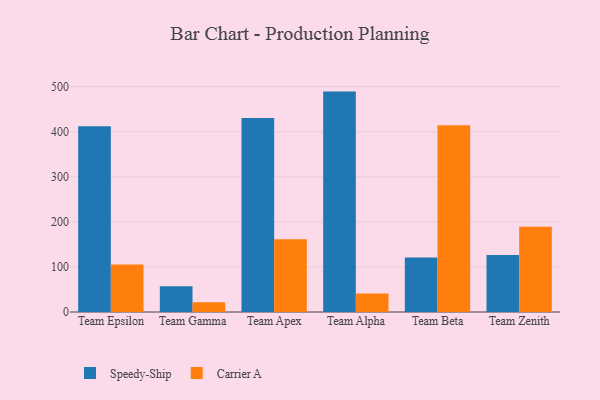
{"axis": {"x": "Team", "y": "Page Views"}, "legend": ["Carrier A", "Speedy-Ship"], "data": [{"x": "Team Epsilon", "y": 412.1, "type": "Speedy-Ship"}, {"x": "Team Epsilon", "y": 105.2, "type": "Carrier A"}, {"x": "Team Gamma", "y": 57.3, "type": "Speedy-Ship"}, {"x": "Team Gamma", "y": 21.5, "type": "Carrier A"}, {"x": "Team Apex", "y": 430.4, "type": "Speedy-Ship"}, {"x": "Team Apex", "y": 161.4, "type": "Carrier A"}, {"x": "Team Alpha", "y": 488.9, "type": "Speedy-Ship"}, {"x": "Team Alpha", "y": 41.3, "type": "Carrier A"}, {"x": "Team Beta", "y": 120.8, "type": "Speedy-Ship"}, {"x": "Team Beta", "y": 414.4, "type": "Carrier A"}, {"x": "Team Zenith", "y": 126.3, "type": "Speedy-Ship"}, {"x": "Team Zenith", "y": 189.0, "type": "Carrier A"}]}